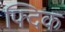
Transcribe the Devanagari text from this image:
फ्दिक